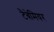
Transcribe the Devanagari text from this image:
टैबेमियर